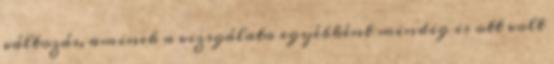
változás, aminek a vizsgálata egyébként mindig is ott volt